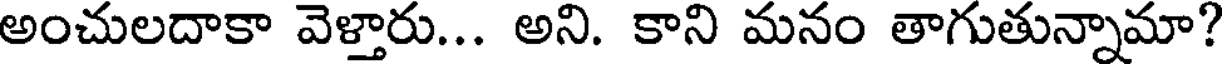
అంచులదాకా వెళ్తారు... అని. కాని మనం తాగుతున్నామా?